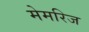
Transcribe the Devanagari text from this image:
मेमरिज